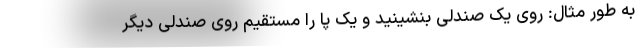
به طور مثال: روی یک صندلی بنشینید و یک پا را مستقیم روی صندلی دیگر